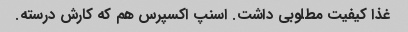
غذا کیفیت مطلوبی داشت. اسنپ اکسپرس هم که کارش درسته.